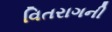
વિતરાગની